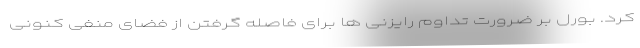
کرد. بورل بر ضرورت تداوم رایزنی ها برای فاصله گرفتن از فضای منفی کنونی